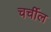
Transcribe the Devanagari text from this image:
चर्चील